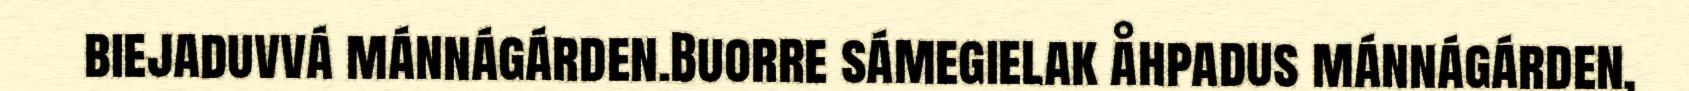
biejaduvvá mánnágárden.Buorre sámegielak åhpadus mánnágárden,